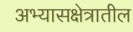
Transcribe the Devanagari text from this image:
अभ्यासक्षेत्रातील